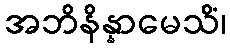
အဘိနိန္နာမေသိံ၊